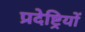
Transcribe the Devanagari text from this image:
प्रदेष्ट्रियों